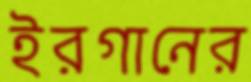
ইরগানের